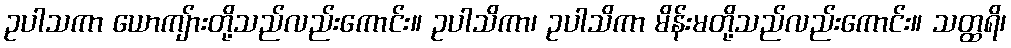
ဥပါသကာ ယောကျ်ားတို့သည်လည်းကောင်း။ ဥပါသိကာ၊ ဥပါသိကာ မိန်းမတို့သည်လည်းကောင်း။ သတ္ထရိ၊